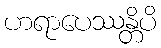
ဟရာပေဿန္တိပိ